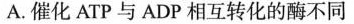
A.催化ATP与ADP相互转化的酶不同